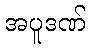
အပူဒဏ်